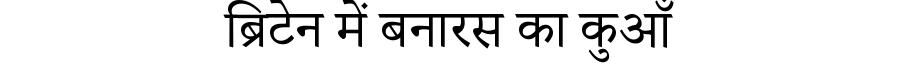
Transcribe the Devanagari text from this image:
ब्रिटेन में बनारस का कुआँ